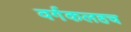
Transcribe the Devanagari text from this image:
वर्गकलहच